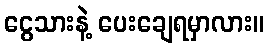
ငွေသားနဲ့ ပေးချေရမှာလား။